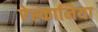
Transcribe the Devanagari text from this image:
ऐस्कानिया